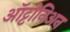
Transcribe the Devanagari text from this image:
ऑट्टोनिअन